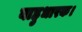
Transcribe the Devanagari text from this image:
बाहुधारक।